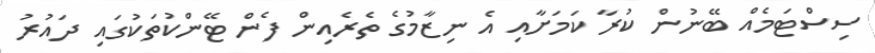
ސިސްޓަމެއް ބޭނުން ކުރާ ކަމަށާއި އެ ނިޒާމުގެ ތެރެއިން ފެން ޓޭންކުތަކުގައި ދައުރު